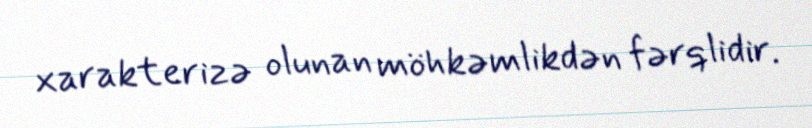
xarakterizə olunan möhkəmlikdən fərqlidir.